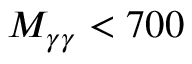
M _ { \gamma \gamma } < 7 0 0